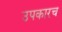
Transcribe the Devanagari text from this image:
उपकारच